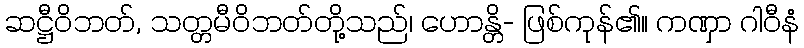
ဆဋ္ဌီဝိဘတ်, သတ္တမီဝိဘတ်တို့သည်၊ ဟောန္တိ- ဖြစ်ကုန်၏။ ကဏှာ ဂါဝီနံ